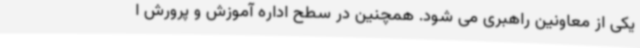
یکی از معاونین راهبری می شود. همچنین در سطح اداره آموزش و پرورش ا